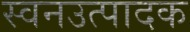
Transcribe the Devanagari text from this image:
स्वनउत्पादक